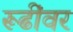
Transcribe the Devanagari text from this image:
रूढींवर